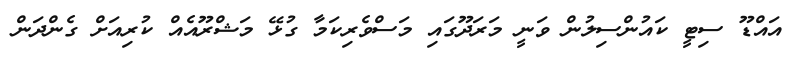
އައްޑޫ ސިޓީ ކައުންސިލުން ވަނީ މަރަދޫގައި މަސްވެރިކަމާ ގުޅޭ މަޝްރޫއެއް ކުރިއަށް ގެންދަން